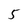
Character: 5